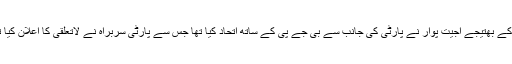
ان کے بھتیجے اجیت پوار نے پارٹی کی جانب سے بی جے پی کے ساتھ اتحاد کیا تھا جس سے پارٹی سربراہ نے لاتعلقی کا اعلان کیا تھا۔